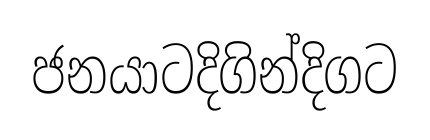
ජනයාටදිගින්දිගට